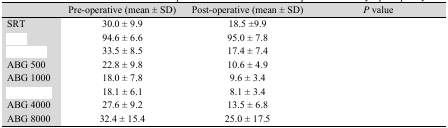
<table><thead><tr><td>[EMPTY_CELL]</td><td><b>Pre-operative (mean ± SD)</b></td><td><b>Post-operative (mean ± SD)</b></td><td><b><i>P</i> value</b></td></tr></thead><tbody><tr><td>SRT</td><td>30.0 ± 9.9</td><td>18.5 ±9.9</td><td>[EMPTY_CELL]</td></tr><tr><td>[EMPTY_CELL]</td><td>94.6 ± 6.6</td><td>95.0 ± 7.8</td><td>[EMPTY_CELL]</td></tr><tr><td>[EMPTY_CELL]</td><td>33.5 ± 8.5</td><td>17.4 ± 7.4</td><td>[EMPTY_CELL]</td></tr><tr><td>ABG 500</td><td>22.8 ± 9.8</td><td>10.6 ± 4.9</td><td>[EMPTY_CELL]</td></tr><tr><td>ABG 1000</td><td>18.0 ± 7.8</td><td>9.6 ± 3.4</td><td>[EMPTY_CELL]</td></tr><tr><td>[EMPTY_CELL]</td><td>18.1 ± 6.1</td><td>8.1 ± 3.4</td><td>[EMPTY_CELL]</td></tr><tr><td>ABG 4000</td><td>27.6 ± 9.2</td><td>13.5 ± 6.8</td><td>[EMPTY_CELL]</td></tr><tr><td>ABG 8000</td><td>32.4 ± 15.4</td><td>25.0 ± 17.5</td><td>[EMPTY_CELL]</td></tr></tbody></table>